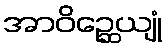
အာဝိဉ္ဆေယျုံ